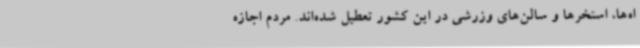
اه‌ها، استخرها و سالن‌های وزرشی در این کشور تعطیل شده‌اند. مردم اجازه